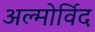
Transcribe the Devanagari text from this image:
अल्मोर्विद